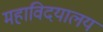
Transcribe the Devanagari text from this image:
महाविदयालय